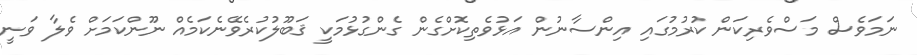
ނަމަވެސް މަސްވެރިކަން ކުރުމުގައި އިންސާނުން އަޅުވެތިކޮށްގެން ގެންގުޅުމަކީ ޤަބޫލުކުރެވޭނެކަމެއް ނޫންކަމަށް ވެލާ ވަނީ